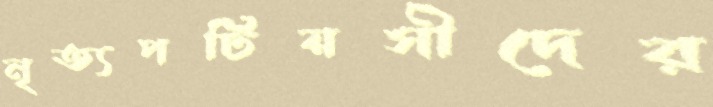
নৃত্যপটিয়সীদের